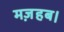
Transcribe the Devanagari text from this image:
मज़हब।